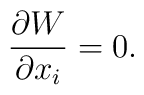
\frac{\partial W}{\partial x_i} = 0.